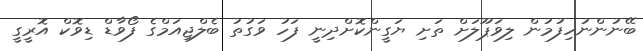
ބޭނުންނުހިފުމުން ލިވަޕޫލަށް ތަށި ޔަގީންކޮށްދިނީ ފަހު ވަގުތު ބެލްޖިއަމްގެ ފޯވާޑް ޑިވޮކް އޮރީގީ